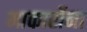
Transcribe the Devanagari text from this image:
माकार्रोना